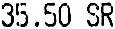
35.50 SR